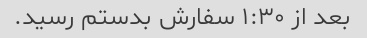
بعد از ۱:۳۰ سفارش بدستم رسید.